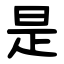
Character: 是